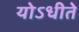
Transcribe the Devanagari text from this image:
योऽधीते